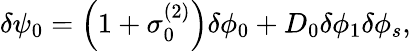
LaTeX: \begin{array}{r}{\delta\psi_{0}=\left(1+\sigma_{0}^{(2)}\right)\delta\phi_{0}+D_{0}\delta\phi_{1}\delta\phi_{s},}\end{array}